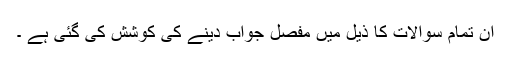
ان تمام سوالات کا ذیل میں مفصل جواب دینے کی کوشش کی گئی ہے ۔